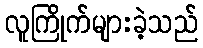
လူကြိုက်များခဲ့သည်